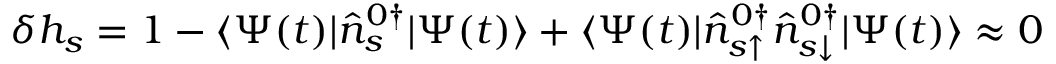
\delta h _ { s } = 1 - \langle \Psi ( t ) | \hat { n } _ { s } ^ { 0 \dagger } | \Psi ( t ) \rangle + \langle \Psi ( t ) | \hat { n } _ { s \uparrow } ^ { 0 \dagger } \hat { n } _ { s \downarrow } ^ { 0 \dagger } | \Psi ( t ) \rangle \approx 0